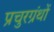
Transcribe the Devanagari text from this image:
प्रचुरग्रंथों